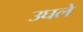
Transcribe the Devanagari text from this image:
उघले